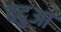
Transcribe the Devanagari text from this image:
ददुआ